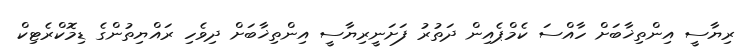
ރިޔާސީ އިންތިޚާބަށް ހާއްސަ ކެމްޕެއިން ދަތުރު ފަށަނީރިޔާސީ އިންތިޚާބަށް ދިވެހި ރައްޔިތުންގެ ޑިމޮކްރެޓިކް